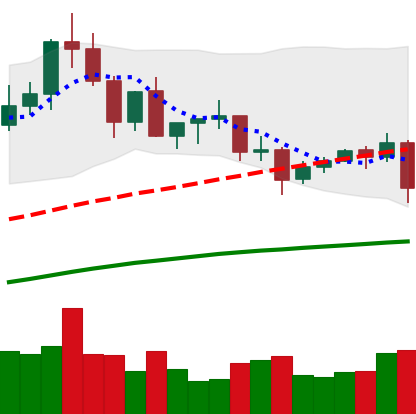
Ticker: XLM-USD
Chart end date: 2020-09-02
Forward return: -15.066%
Label: down_7plus